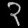
Digit: ၃